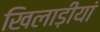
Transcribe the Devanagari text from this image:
खिलाड़ीयां